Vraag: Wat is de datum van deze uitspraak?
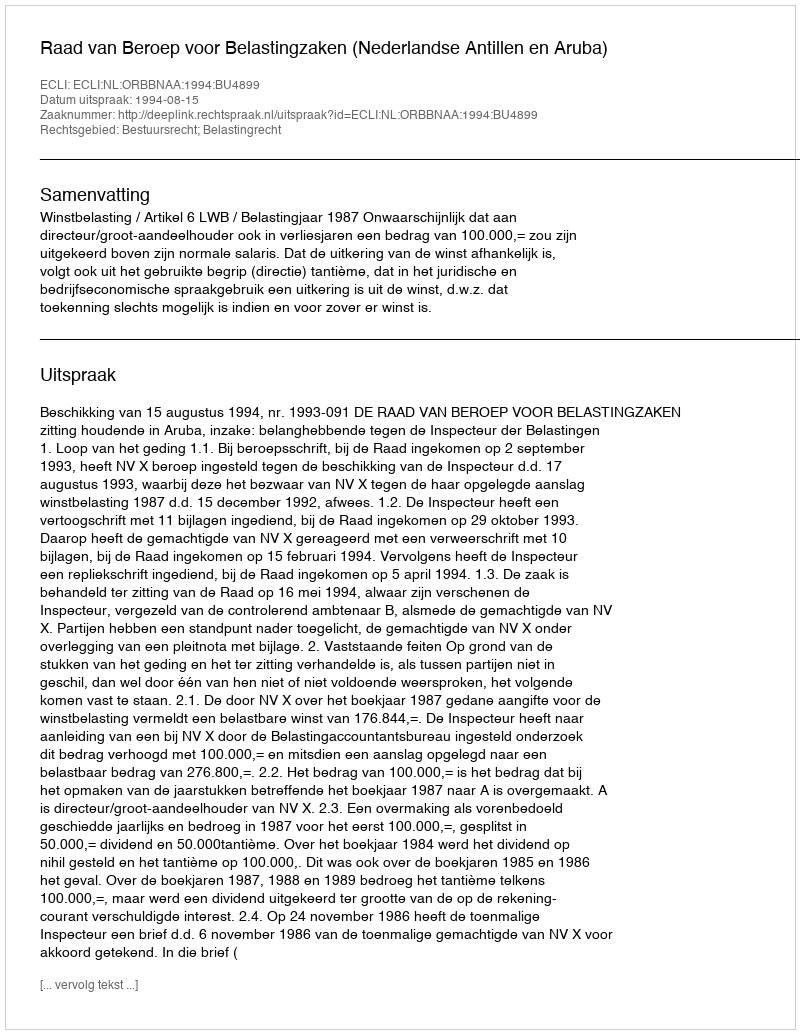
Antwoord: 1994-08-15